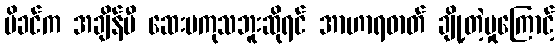
မိခင်က အချိန်မီ ဆေးမကုသဘူးဆိုရင် အာဟာရဓာတ် ချို့တဲ့မှုကြောင့်